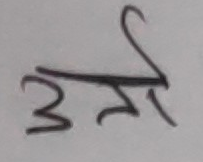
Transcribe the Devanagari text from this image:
उम्मे